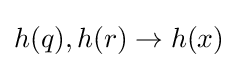
h(q),h(r)\rightarrow h(x)